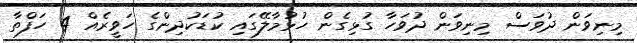
މިނިވަން ދުވަސް މިނިވަން ދުވަހާ ގުޅިގެން ހުޅުމާލޭގައި ކުޑަކުދިންގެ ހަވީރެއް 4 ހަފްތާ